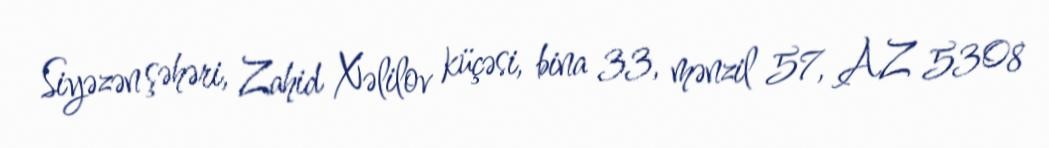
Siyəzən şəhəri, Zahid Xəlilov küçəsi, bina 33, mənzil 57, AZ 5308